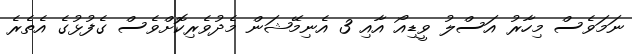
ނަމަވެސް މިހާރު އަސްލު ވީޑިއޯ އާއި 3 އެނިމޭޝަން މެދުވެރިކޮށްވެސް ގެފުޅުގެ އެތެރެ